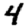
Digit: 4